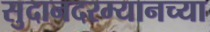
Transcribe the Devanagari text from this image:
सुदानदरम्यानच्या